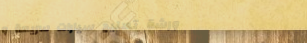
ورشة تصليح سيارات سريعة و